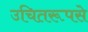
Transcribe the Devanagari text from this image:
उचितरूपसे